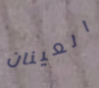
العينان